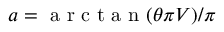
a = \mathrm { ~ a ~ r ~ c ~ t ~ a ~ n ~ } ( \theta \pi V ) / \pi